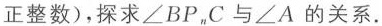
正整数)，探求∠BP_{n}C与∠A的关系.